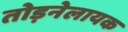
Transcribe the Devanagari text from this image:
तोड़नेलायक